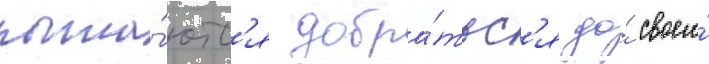
пыта́ютс'я добра́тьс'я до́ своего́